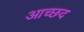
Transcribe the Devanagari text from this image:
आच्छद